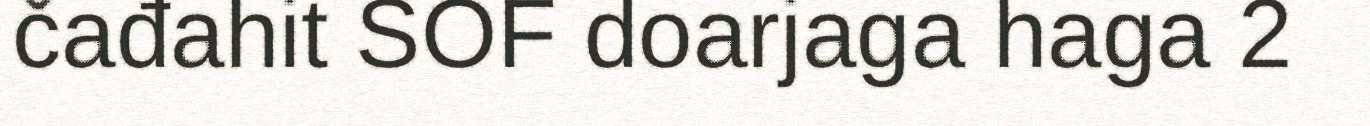
čađahit SOF doarjaga haga 2